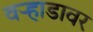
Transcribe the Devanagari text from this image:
वर्‍हाडावर